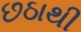
છઠાથી